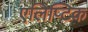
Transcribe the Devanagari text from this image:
एलिप्टिक